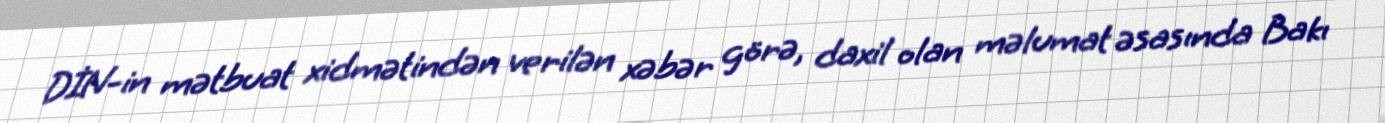
DİN-in mətbuat xidmətindən verilən xəbər görə, daxil olan məlumat əsasında Bakı